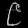
Digit: ၉